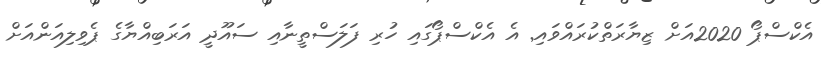
އެކްސްޕޯ 2020އަށް ޒިޔާރަތްކުރައްވައި